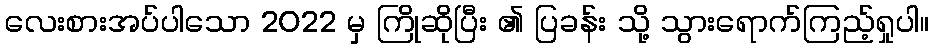
လေးစားအပ်ပါသော 2022 မှ ကြိုဆိုပြီး ၏ ပြခန်း သို့ သွားရောက်ကြည့်ရှုပါ။